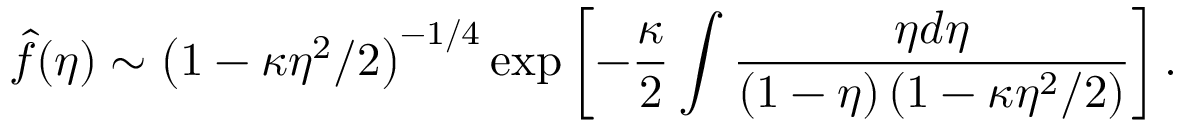
\hat { f } ( \eta ) \sim \left( 1 - \kappa \eta ^ { 2 } / 2 \right) ^ { - 1 / 4 } \exp \left[ - \frac { \kappa } 2 \int \frac { \eta d \eta } { ( 1 - \eta ) \left( 1 - \kappa \eta ^ { 2 } / 2 \right) } \right] .